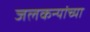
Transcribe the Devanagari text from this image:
जलकन्यांच्या